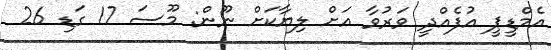
އެމްޑީޕީ އުފެއްދީ ވަރުވާ އަށް ލިޔާކަށް ނޫން: މޫސަ 17 ގަޑި 26